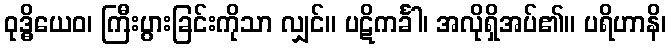
ဝုဒ္ဓိယေဝ၊ ကြီးပွားခြင်းကိုသာ လျှင်။ ပဋိကင်္ခါ၊ အလိုရှိအပ်၏။ ပရိဟာနိ၊